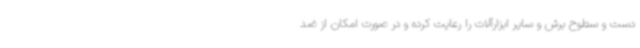
دست و سطوح برش و سایر ابزارآلات را رعایت کرده و در صورت امکان از ضد